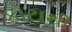
કોટાથી